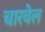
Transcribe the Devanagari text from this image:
चारवेल